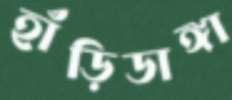
হাঁড়িডাঙ্গা